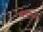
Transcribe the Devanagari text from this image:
स्वरुपासोबत